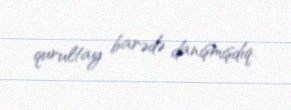
qurultay barədə danışmışdıq.